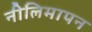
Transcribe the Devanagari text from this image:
नीलिमापन